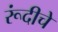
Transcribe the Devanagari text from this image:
रूंदीचे